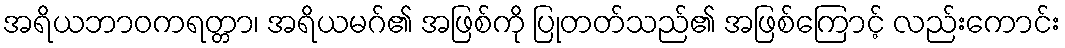
အရိယဘာဝကရတ္တာ၊ အရိယမဂ်၏ အဖြစ်ကို ပြုတတ်သည်၏ အဖြစ်ကြောင့် လည်းကောင်း